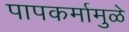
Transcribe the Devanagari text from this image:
पापकर्मामुळे